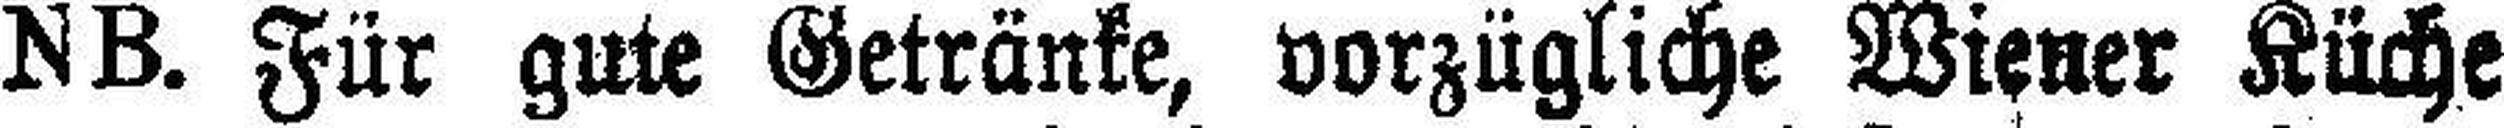
NB. Für gute Getränke, vorzügliche Wiener Küche